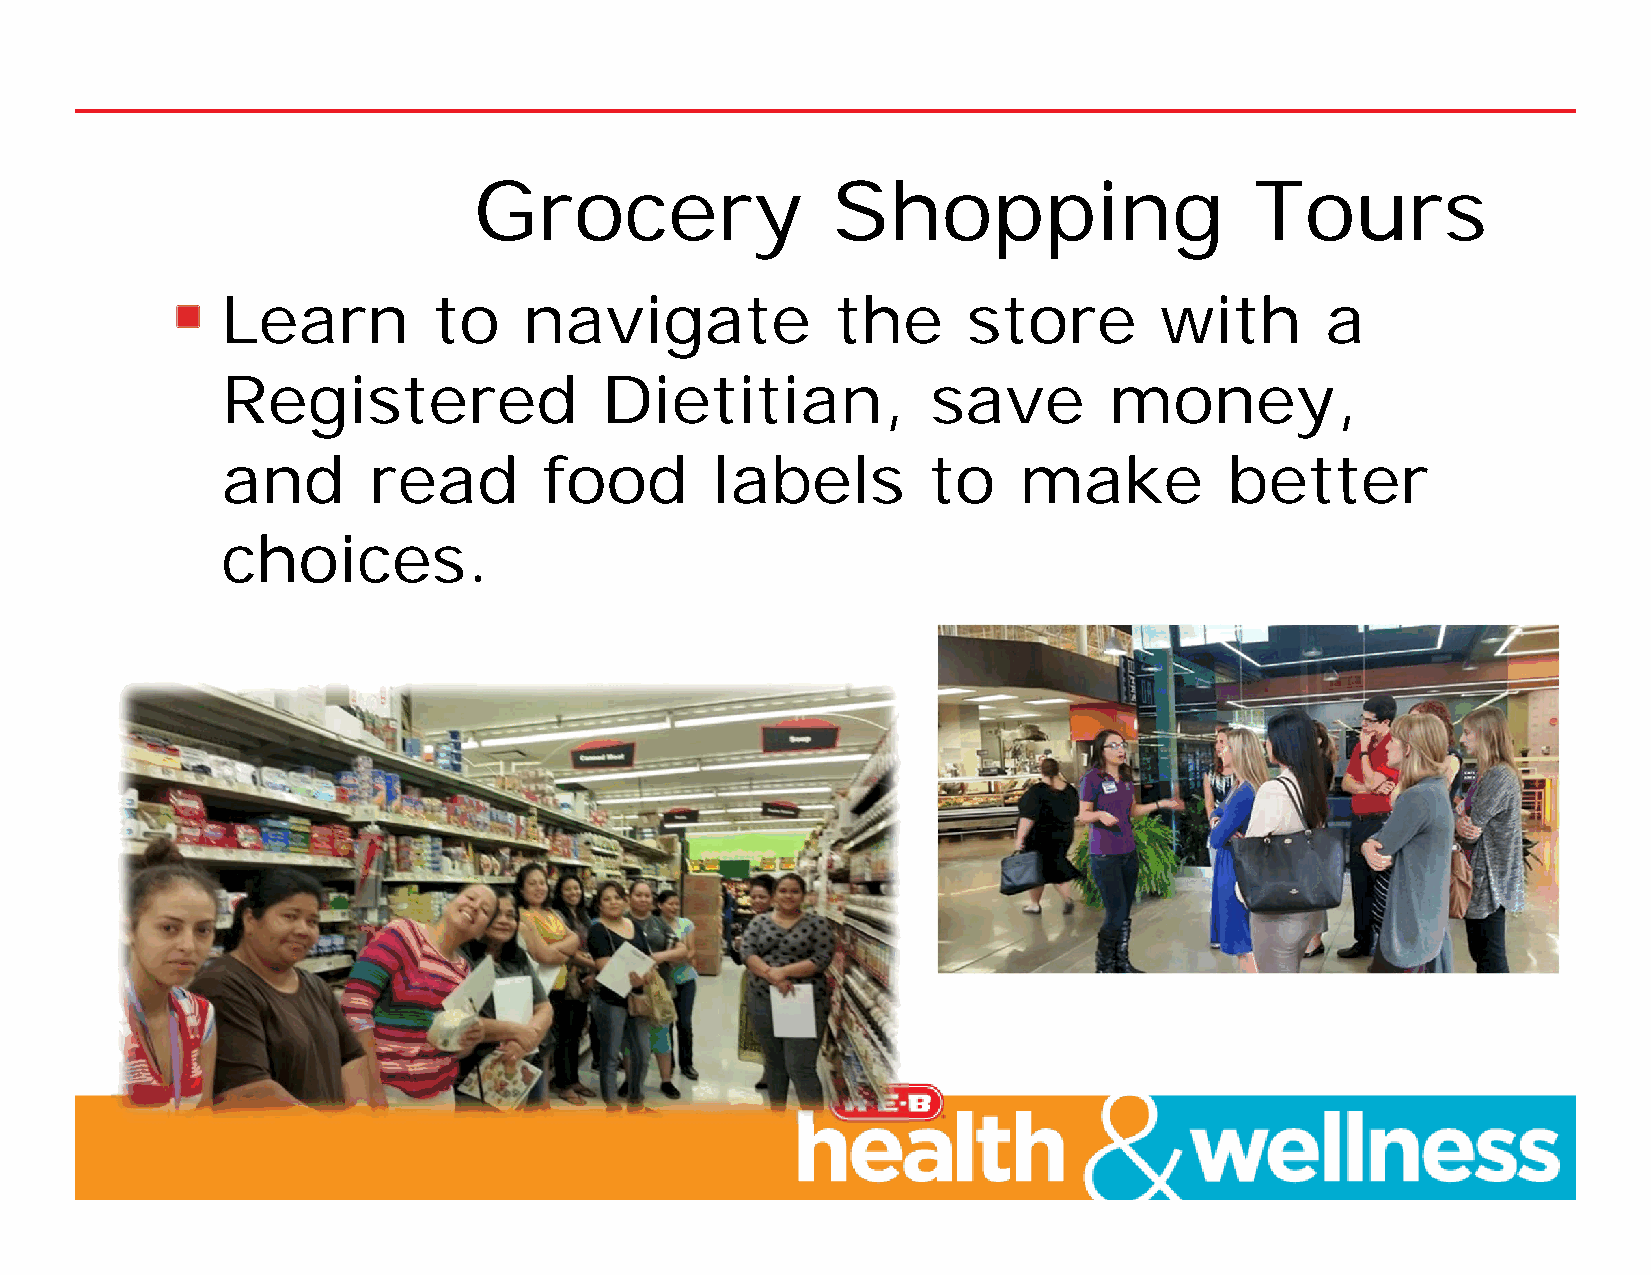
Grocery                 Shopping                    Tours
 Learn         to    navigate            the      store        with       a
 Registered               Dietitian,            save       money,
 and      read        food       labels        to    make          better
 choices.